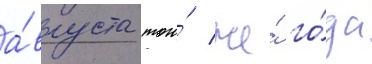
а́вгуста того́ же́ го́да